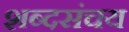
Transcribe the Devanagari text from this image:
शब्दसंचय